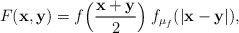
\begin{align*}F({\bf x,y})=f\Bigl(\frac{\bf x+y}{2}\Bigr)\:f_{\mu_{f}}(|{\bf x-y}|),\end{align*}